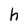
Character: h